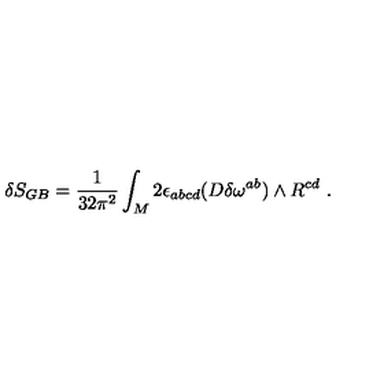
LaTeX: \delta S _ { G B } = { \frac { 1 } { 3 2 \pi ^ { 2 } } } \int _ { M } 2 \epsilon _ { a b c d } ( D \delta \omega ^ { a b } ) \wedge R ^ { c d } \ .